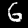
Digit: 6